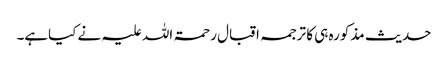
حدیث مذکورہ ہی کا ترجمہ اقبال رحمۃ اللہ علیہ نے کیاہے۔